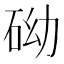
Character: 𥑑